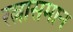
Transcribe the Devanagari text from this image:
रत्नासमान